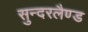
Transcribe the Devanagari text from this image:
सुन्दरलैण्ड